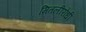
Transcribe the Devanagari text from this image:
मितलीरोधी